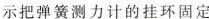
示把弹簧测力计的挂环固定